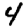
Digit: 4